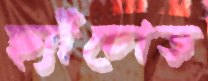
ছ্যাঁচোড়